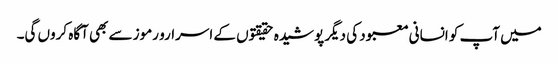
میں آپ کو انسانی معبود کی دیگر پوشیدہ حقیقتوں کے اسرارو رموز سے بھی آگاہ کروں گی۔